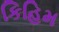
કિહિમ